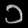
Digit: ၁